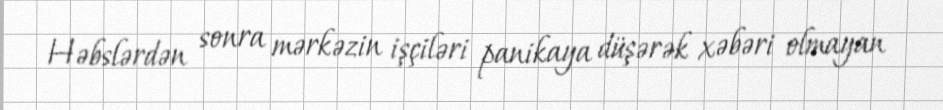
Həbslərdən sonra mərkəzin işçiləri panikaya düşərək xəbəri olmayan